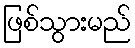
ဖြစ်သွားမည်